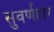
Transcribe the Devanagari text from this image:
सुवर्णहार